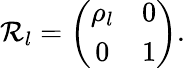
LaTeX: \mathcal{R}_{l}=\left(\begin{array}{cc}{\rho_{l}}&{0}\\ {0}&{1}\end{array}\right).